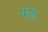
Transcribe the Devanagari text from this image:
फोते